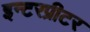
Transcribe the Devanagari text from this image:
इन्टरप्रीटर